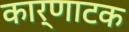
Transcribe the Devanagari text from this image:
कार्णाटक